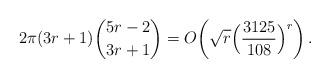
LaTeX: \begin{align*}2\pi (3r+1) {{5r-2}\choose{3r+1}} = O\bigg(\sqrt{r} \Big(\frac{3125}{108}\Big)^r\bigg) \, .\end{align*}